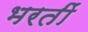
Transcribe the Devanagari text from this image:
भरतीं